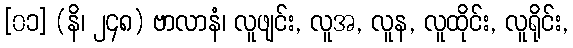
[၀၁] (နိ၊ ၂၄၈) ဗာလာနံ၊ လူဖျင်း, လူအ, လူန, လူထိုင်း, လူရိုင်း,